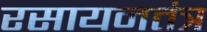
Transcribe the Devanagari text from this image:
रसायनतंत्र